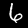
Label: 6